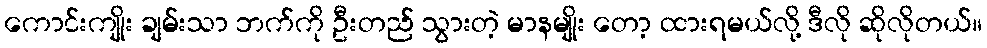
ကောင်းကျိုး ချမ်းသာ ဘက်ကို ဦးတည် သွားတဲ့ မာနမျိုး တော့ ထားရမယ်လို့ ဒီလို ဆိုလိုတယ်။